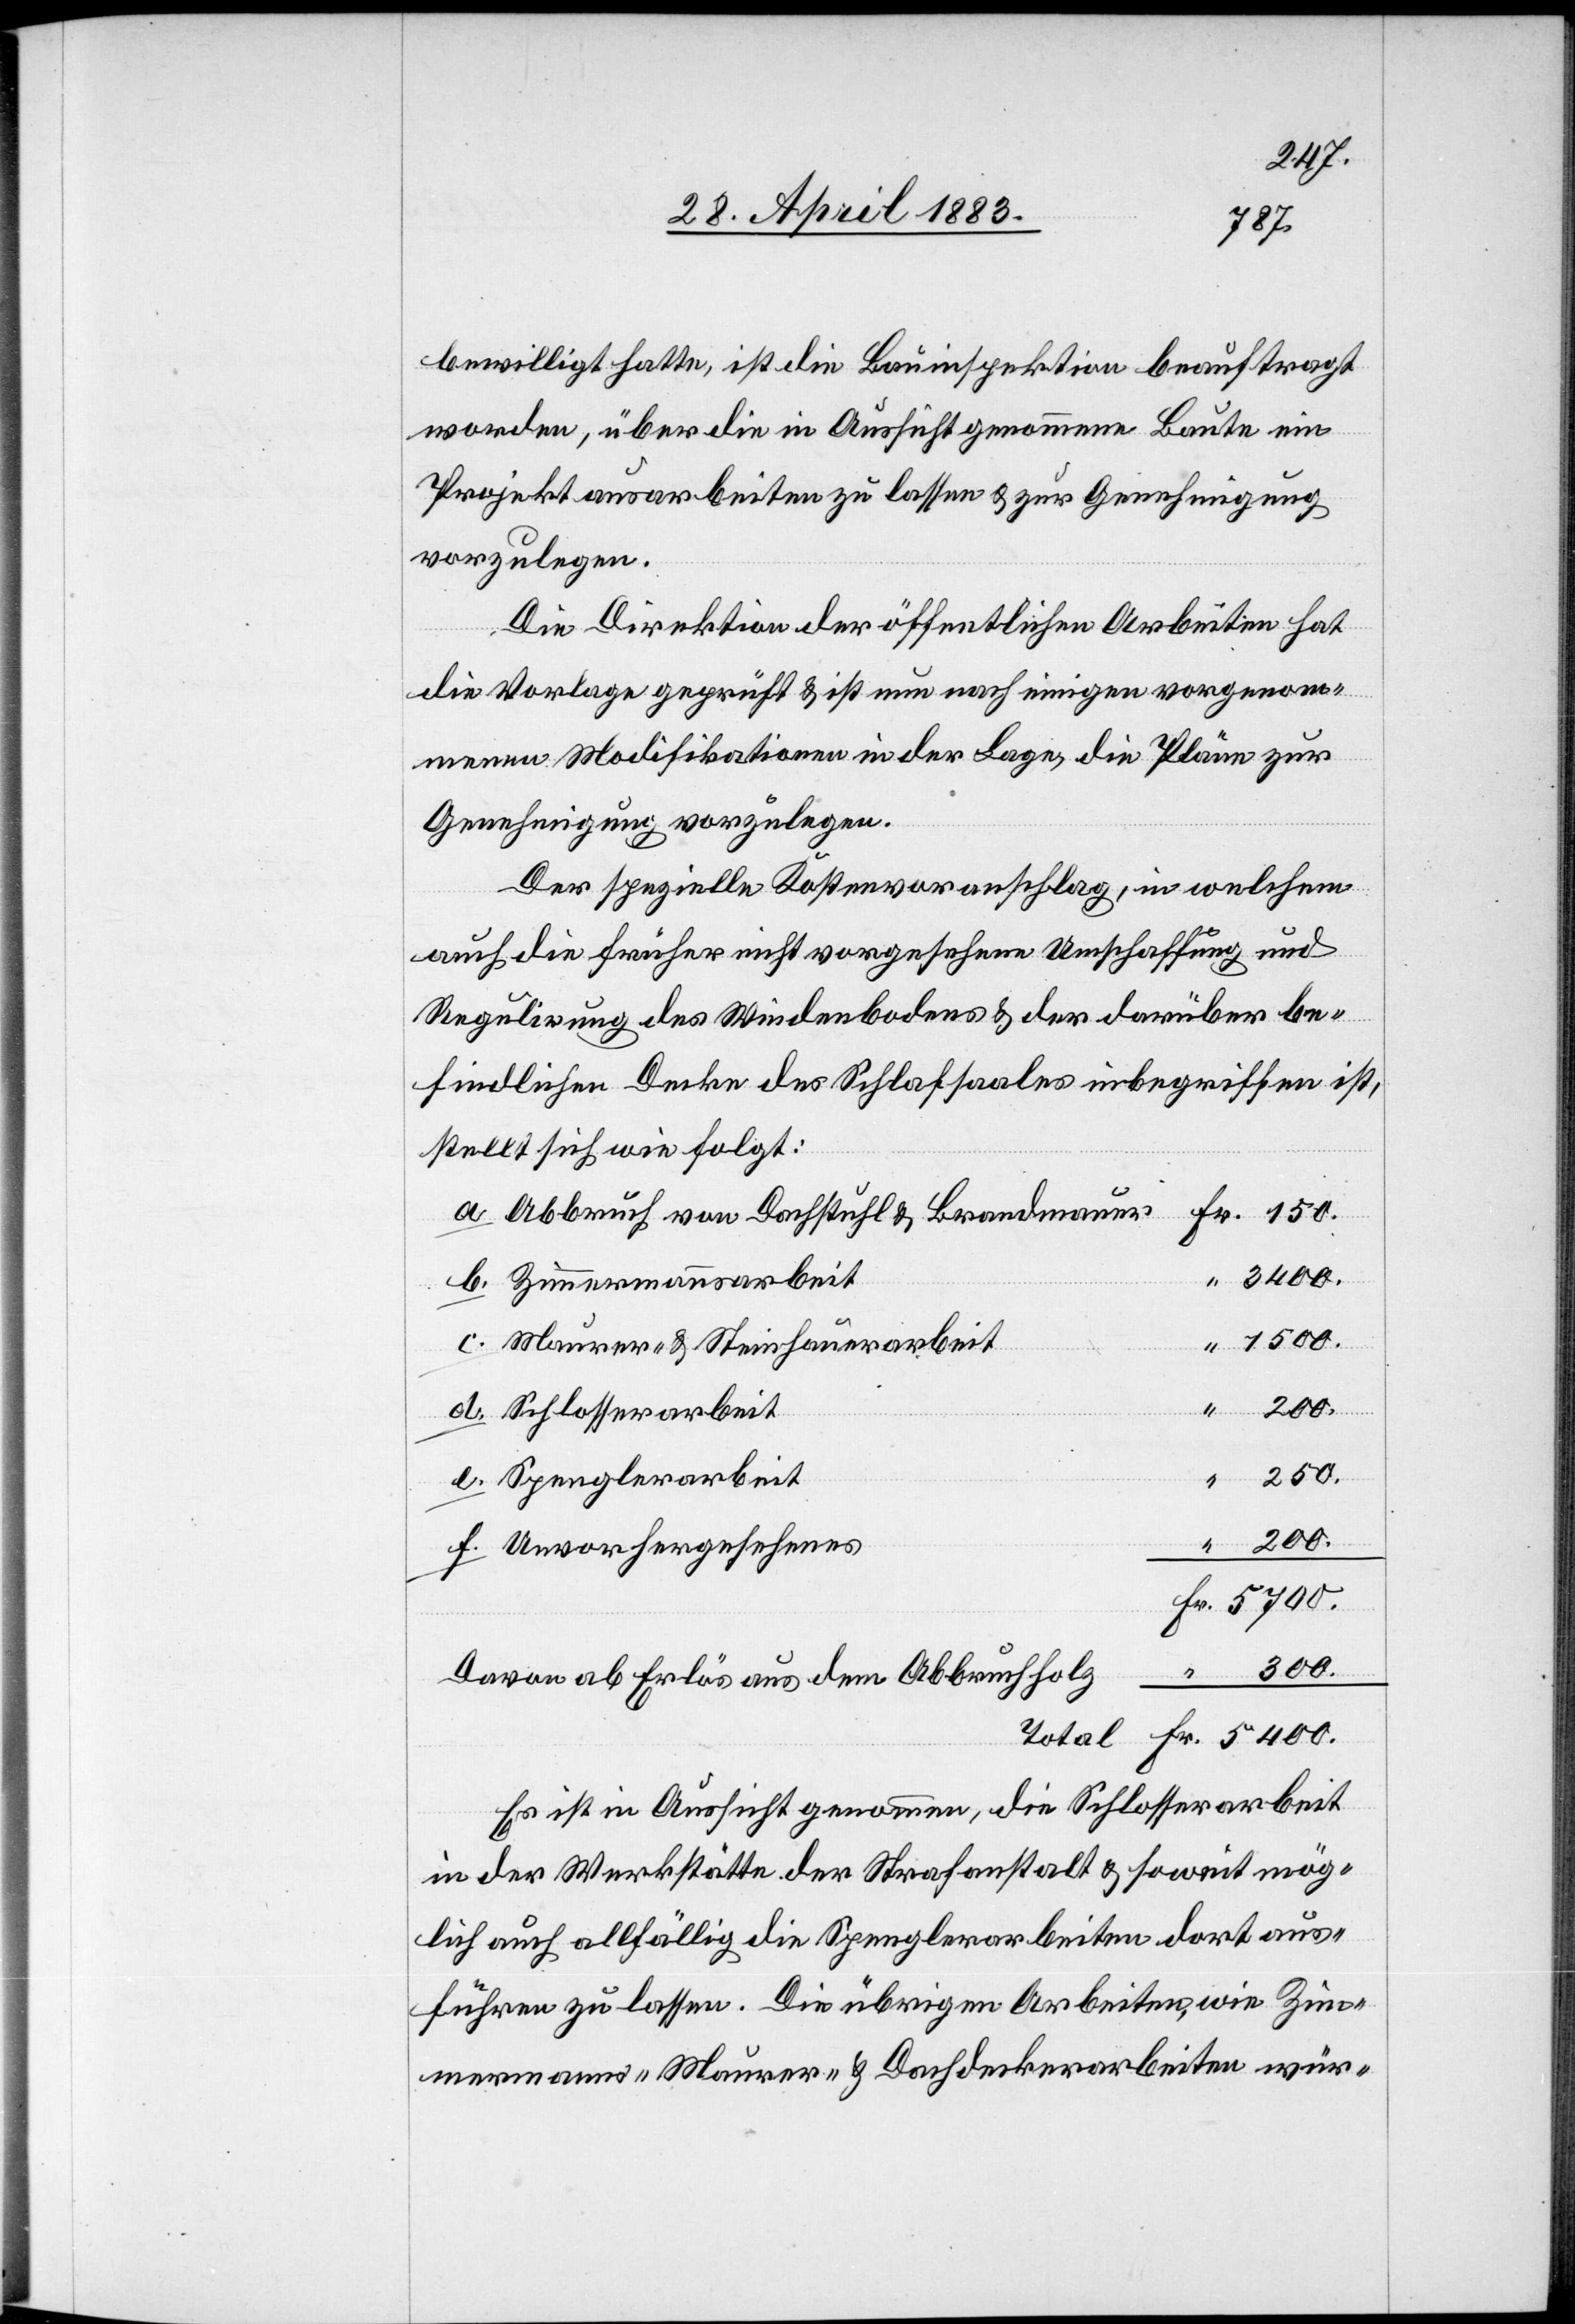
5700.
bewilligt hatte, ist die Bauinspektion beauftragt
worden, über die in Aussicht genommene Baute ein
Projekt ausarbeiten zu lassen & zur Genehmigung
vorzulegen.
Die Direktion der öffentlichen Arbeiten hat
die Vorlage geprüft & ist nun nach einigen vorgenom¬
menen Modifikationen in der Lage, die Pläne zur
Genehmigung vorzulegen.
Der spezielle Kostenvoranschlag, in welchem
auch die früher nicht vorgesehene Umschaffung und
Regulirung des Wiedenbodes & der darüber be¬
findlichen Decke des Schlafsaales inbegriffen ist,
stellt sich wie folgt:
Abbruch von Dachstuhl & Brandmauer
5400.
d.
Maurer- & Steinhauerarbeit
Schlosserarbeit
300.
f.
Spenglerarbeit
200.
Unvorhergesehenes
Davon ab Erlös aus dem Abbruchholz
Total
Es ist in Aussicht genommen, die Schlosserarbeit
in der Werkstätte der Strafanstalt & soweit mög¬
lich auch allfällig die Spenglerarbeiten dort aus¬
führen zu lassen. Die übrigen Arbeiten, wie Zim¬
mermanns- Maurer- & Dachdeckerarbeiten wür-